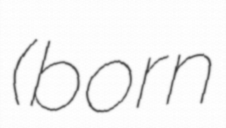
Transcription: (born